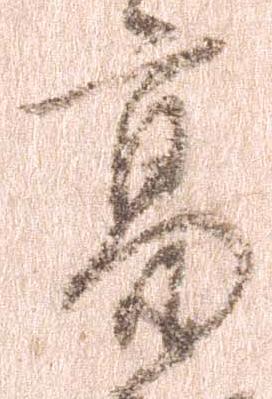
亮